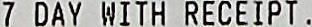
7 DAY WITH RECEIPT .